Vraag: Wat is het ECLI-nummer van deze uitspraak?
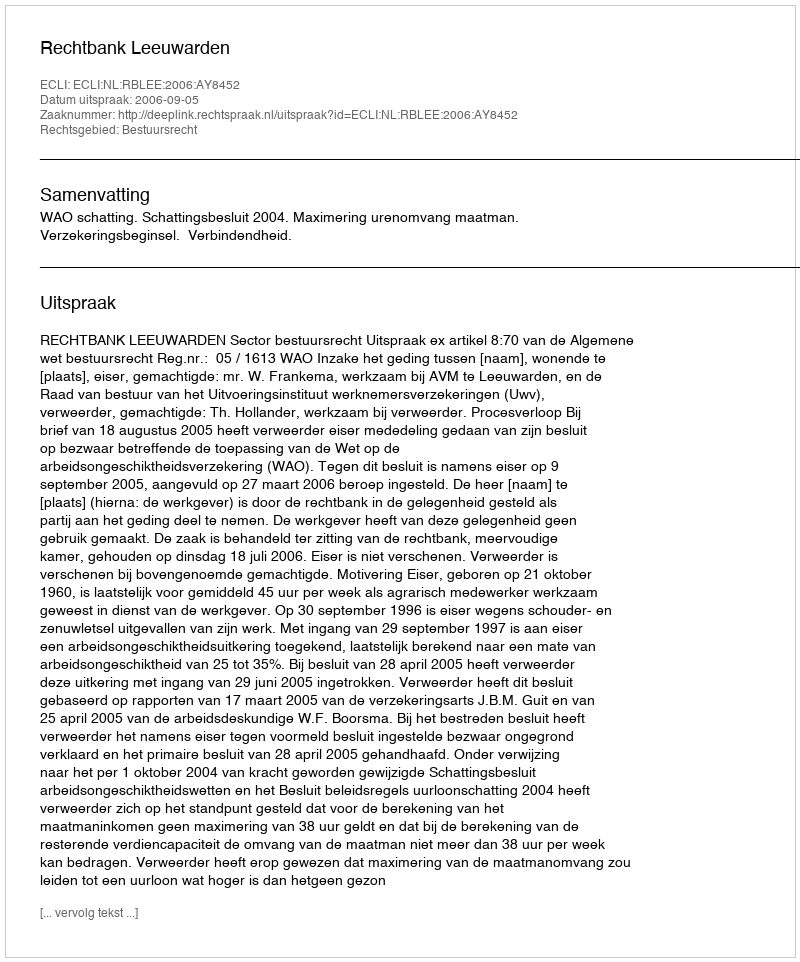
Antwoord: ECLI:NL:RBLEE:2006:AY8452